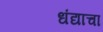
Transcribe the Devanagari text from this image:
धंद्याचा